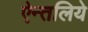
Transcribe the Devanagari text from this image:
ऐन्तलिये